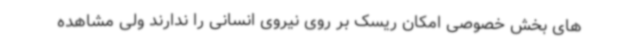
های بخش خصوصی امکان ریسک بر روی نیروی انسانی را ندارند ولی مشاهده